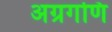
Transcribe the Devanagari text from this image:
अग्रगणि